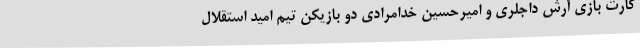
کارت بازی آرش داجلری و امیرحسین خدامرادی دو بازیکن تیم امید استقلال